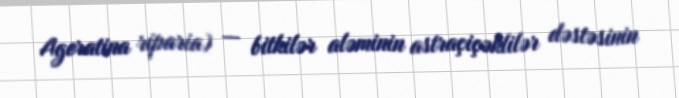
Ageratina riparia) — bitkilər aləminin astraçiçəklilər dəstəsinin